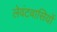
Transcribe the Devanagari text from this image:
लेवंटवासियों